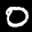
Label: 0